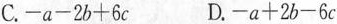
C.$$- a - 2 b + 6 c$$ D.$$- a + 2 b - 6 c$$